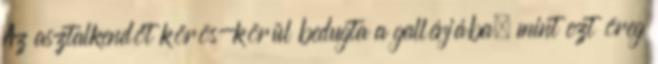
Az asztalkendőt körös-körül bedugta a gallérjába, mint ezt öreg